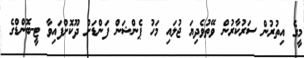
މީގެ އިތުރުން ސަރުކާރުން ވޭތުވެދިޔަ ޖުލައި މަހު ޕެންޝަން ފަންޑަށް ދޫކޮށްފައިވާ ޓީ-ބޮންޑްގެ